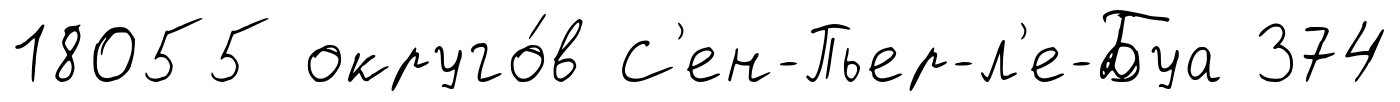
18055 округо́в С'ен-Пьер-л'е-Буа 374